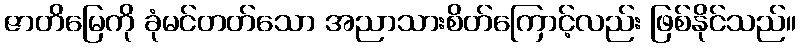
ဇာတိမြေကို ခုံမင်တတ်သော အညာသားစိတ်ကြောင့်လည်း ဖြစ်နိုင်သည်။